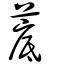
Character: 菧